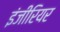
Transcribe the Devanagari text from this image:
इंजीरियर